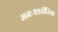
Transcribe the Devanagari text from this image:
मनःशारीरिक